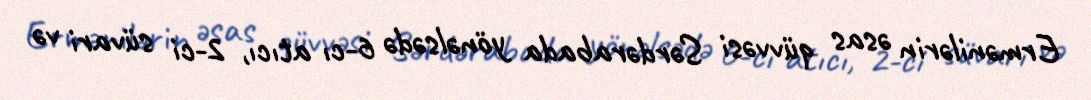
Ermənilərin əsas qüvvəsi Sərdərabada yönəlsədə 6-cı atıcı, 2-ci süvari və